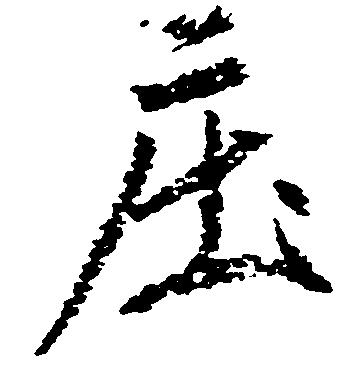
庄